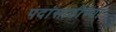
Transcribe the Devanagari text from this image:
पदांसाठीच्या